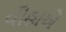
વીહાએ